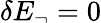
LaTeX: \delta E_{\neg}=0